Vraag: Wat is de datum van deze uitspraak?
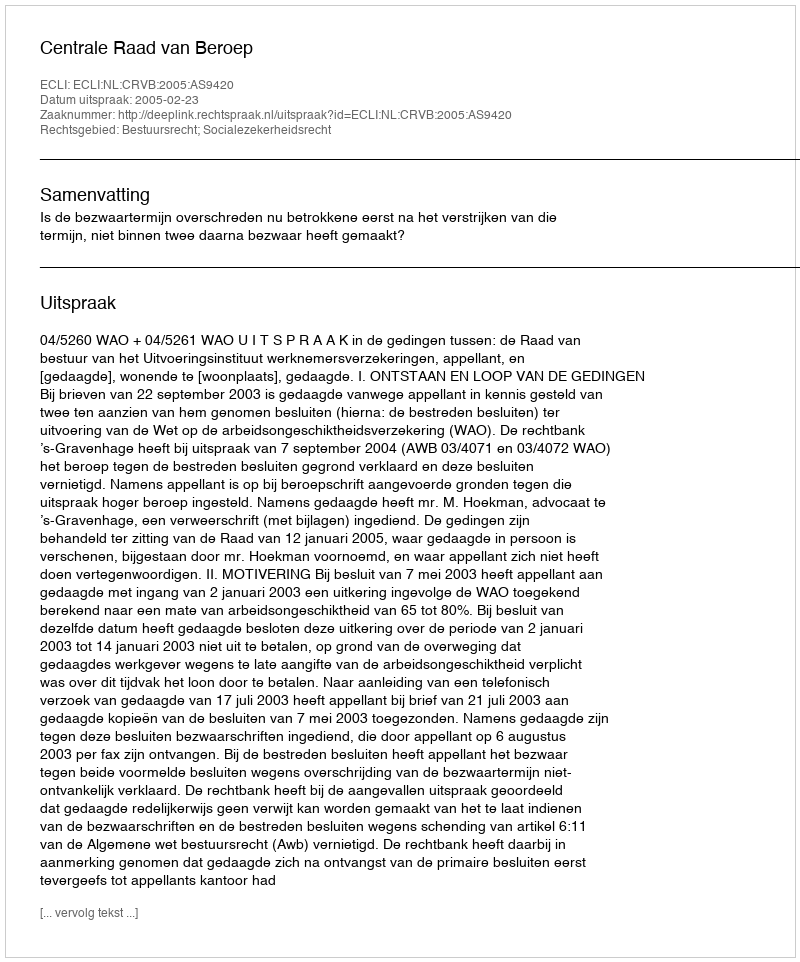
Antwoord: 2005-02-23